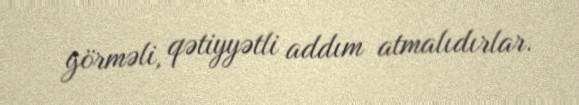
görməli, qətiyyətli addım atmalıdırlar.